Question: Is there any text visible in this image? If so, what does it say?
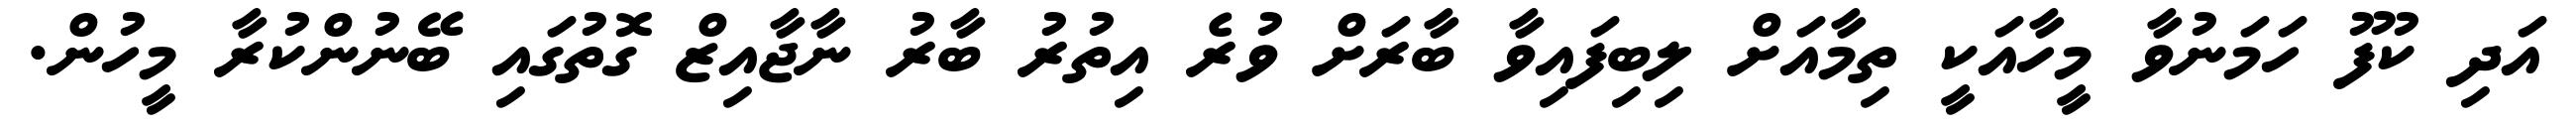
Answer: އަދި ކުފޫ ހަމަނުވާ މީހާއަކީ ތިމާއަށް ލިބިފައިވާ ބާރަށް ވުރެ އިތުރު ބާރު ނާޖާއިޒް ގޮތުގައި ބޭނުންކުރާ މީހުން.